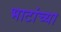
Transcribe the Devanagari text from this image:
भाटांच्या